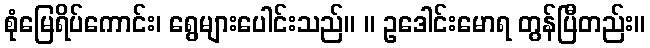
စုံမြေရိပ်ကောင်း၊ ရွေများပေါင်းသည်။ ။ ဥဒေါင်းမောရ တွန်ပြီတည်း။